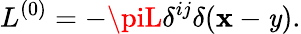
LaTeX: L^{(0)}=-\piL\delta^{ij}\delta(\mathbf{x}-\mathit{y}).